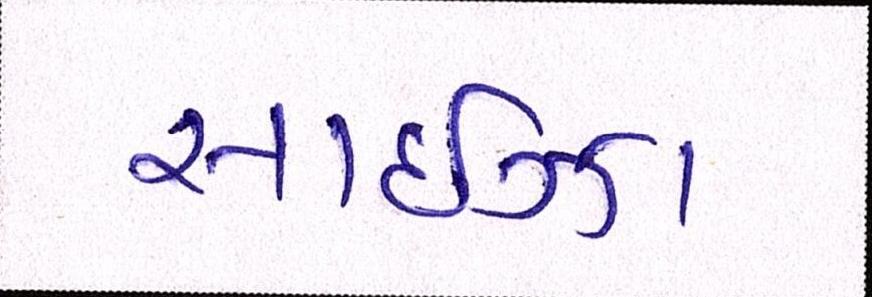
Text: સાઈઝા